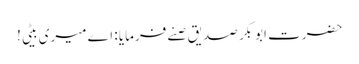
حضرت ابوبکر صدیق صنے فرمایا : اے میری بیٹی!